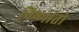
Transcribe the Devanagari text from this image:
निष्णांतो